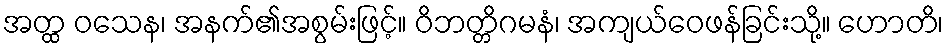
အတ္ထ ဝသေန၊ အနက်၏အစွမ်းဖြင့်။ ဝိဘတ္တိဂမနံ၊ အကျယ်ဝေဖန်ခြင်းသို့။ ဟောတိ၊